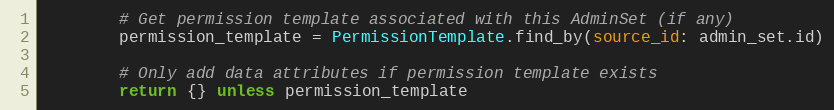
Language: Ruby
        # Get permission template associated with this AdminSet (if any)
        permission_template = PermissionTemplate.find_by(source_id: admin_set.id)

        # Only add data attributes if permission template exists
        return {} unless permission_template